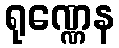
ရုဏ္ဏေန